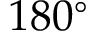
1 8 0 ^ { \circ }